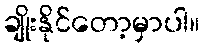
ချိုးနိုင်တော့မှာပါ။